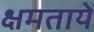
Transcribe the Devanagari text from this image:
क्षमतायें